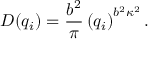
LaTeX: D ( q _ { i } ) = { \frac { b ^ { 2 } } { \pi } } \left( q _ { i } \right) ^ { b ^ { 2 } \kappa ^ { 2 } } .